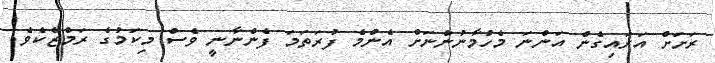
ރަށަށް އަރައިގެން އަންނަ މެހުމާނުންނަށް އެންމެ ފުރަތަމަ ފެންނާނީ ވެސް މިކަމުގެ ރަމްޒެކެވެ.